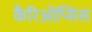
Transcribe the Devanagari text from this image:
कैरिओप्सिस